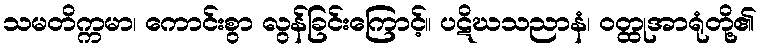
သမတိက္ကမာ၊ ကောင်းစွာ လွန်ခြင်းကြောင့်။ ပဋိဃသညာနံ၊ ဝတ္ထုအာရုံတို့၏